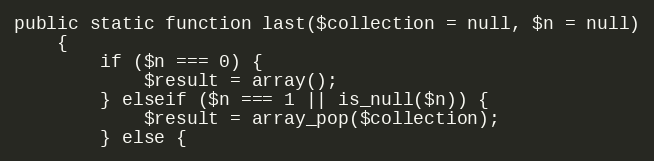
Language: PHP
public static function last($collection = null, $n = null)
    {
        if ($n === 0) {
            $result = array();
        } elseif ($n === 1 || is_null($n)) {
            $result = array_pop($collection);
        } else {